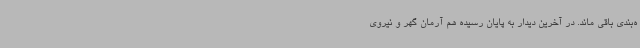
ه‌بندی باقی ماند. در آخرین دیدار به پایان رسیده هم آرمان گهر و نیروی